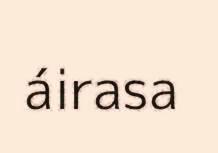
áirasa